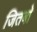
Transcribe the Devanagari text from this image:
जितबो